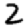
Digit: 2